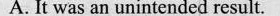
A. It was an unintended result.